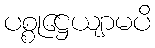
ပစ္စုဋ္ဌေယျာမပိ